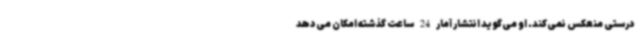
درستی منعکس نمی‌کند. او می‌گوید انتشار آمار 24 ساعت گذشته امکان می‌دهد